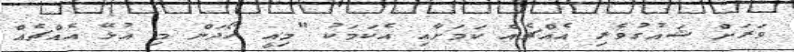
ވަރަށް ޝައުގުވެރި އެއްޗެއް ކަމަށާއި އެކަމަކު "މިއީ ހޯދަން މި އުޅޭ އެއްޗެއް